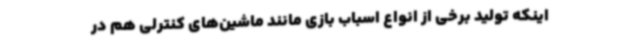
اینکه تولید برخی از انواع اسباب بازی مانند ماشین‌های کنترلی هم در